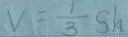
V _ { 1 } = \frac { 1 } { 3 } s h